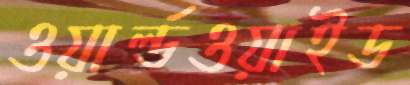
ওয়ার্ল্ডওয়াইড